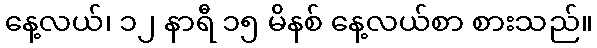
နေ့လယ်၊ ၁၂ နာရီ ၁၅ မိနစ် နေ့လယ်စာ စားသည်။